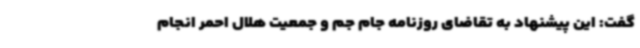
گفت: این پیشنهاد به تقاضای روزنامه جام جم و جمعیت هلال احمر انجام